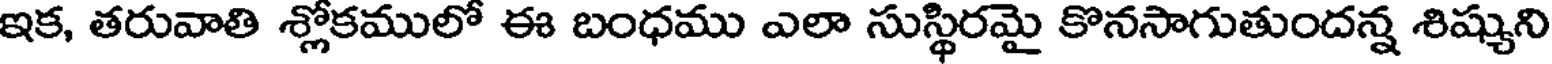
ఇక, తరువాతి శ్లోకములో ఈ బంధము ఎలా సుస్థిరమై కొనసాగుతుందన్న శిష్యుని